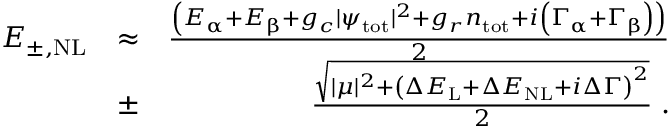
\begin{array} { r l r } { E _ { \pm , \mathrm { N L } } } & { \approx } & { \frac { \left( E _ { \upalpha } + E _ { \upbeta } + g _ { c } | \psi _ { \mathrm { t o t } } | ^ { 2 } + g _ { r } n _ { \mathrm { t o t } } + i \left( \Gamma _ { \upalpha } + \Gamma _ { \upbeta } \right) \right) } { 2 } } \\ & { \pm } & { \frac { \sqrt { | \mu | ^ { 2 } + \left( \Delta E _ { \mathrm { L } } + \Delta E _ { \mathrm { N L } } + i \Delta \Gamma \right) ^ { 2 } } } { 2 } \; . } \end{array}